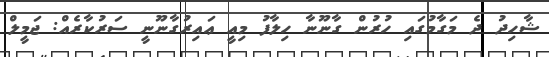
ޝާހިދު ދެ މަގާމުގައި ހުރުން ގާނޫނާ ހިލާފު މިއީ ޢައިރުގާނޫނީ ސަރުކާރެއް: ޖަމީލް